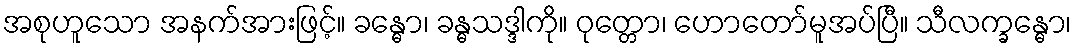
အစုဟူသော အနက်အားဖြင့်။ ခန္ဓော၊ ခန္ဓသဒ္ဒါကို။ ဝုတ္တော၊ ဟောတော်မူအပ်ပြီ။ သီလက္ခန္ဓော၊